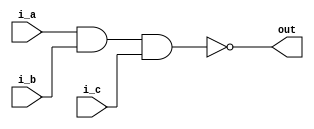
module log_gat(input i_a, i_b, i_c, output out);
  

assign out = ~((i_a & i_b)& i_c);
endmodule